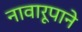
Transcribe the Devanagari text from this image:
नावारूपाने